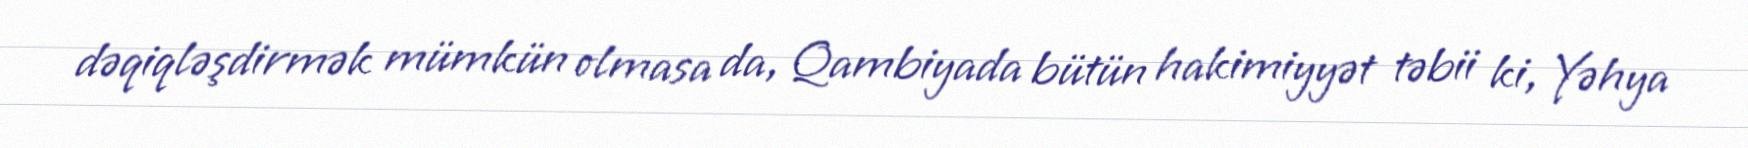
dəqiqləşdirmək mümkün olmasa da, Qambiyada bütün hakimiyyət təbii ki, Yəhya